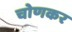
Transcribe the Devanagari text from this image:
चोणकर